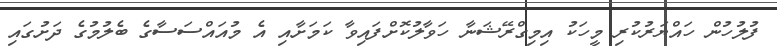
ފުލުހުން ހައްޔަރުކުރި މީހަކު އިމިގްރޭޝަނާ ހަވާލުކޮށްފައިވާ ކަމަށާއި އެ މުއައްސަސާގެ ބެލުމުގެ ދަށުގައި